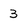
Character: 3